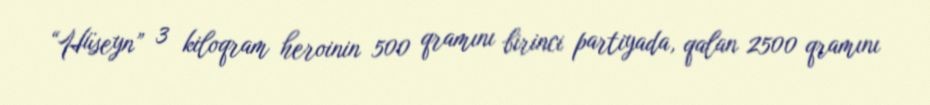
“Hüseyn” 3 kiloqram heroinin 500 qramını birinci partiyada, qalan 2500 qramını